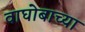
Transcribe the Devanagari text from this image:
वाघोबाच्या